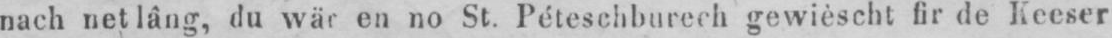
nach net lâng, du wär en no St. Péteschburech gewièscht fir de Keeser